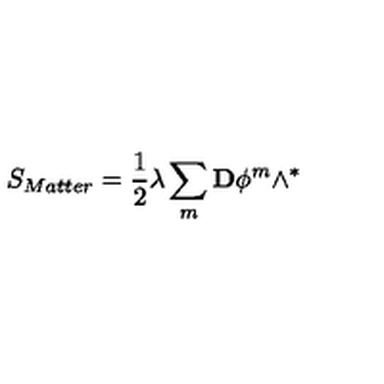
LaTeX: S _ { M a t t e r } = \frac { 1 } { 2 } \lambda \sum _ { m } \mathbf { D } \phi ^ { m } \wedge ^ { \ast }